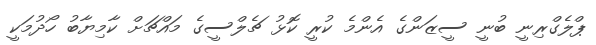
ޕްލެގްރިނީ ބުނީ ސީޒަންގެ އެންމެ ކުރީ ކޮޅު ޗެލްސީގެ މައްޗަށް ކާމިޔާބު ހޯދުމަކީ